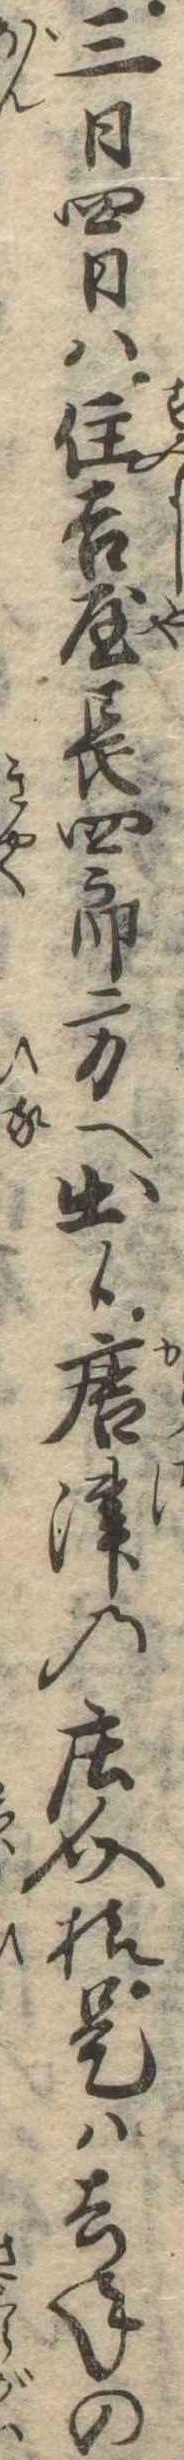
三日四日は住吉屋長四郎方へ出候唐津の荘介様是は去年の